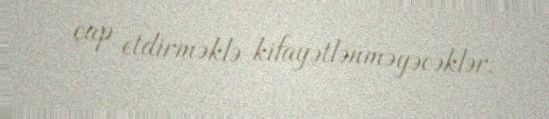
çap etdirməklə kifayətlənməyəcəklər.